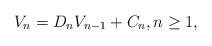
LaTeX: \begin{align*}V_n = D_nV_{n-1} + C_n, n \ge 1,\end{align*}